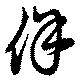
侔